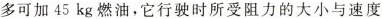
多可加45kg燃油，它行驶时所受阻力的大小与速度